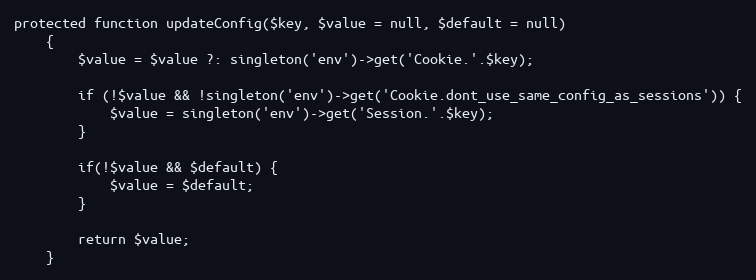
Language: PHP
protected function updateConfig($key, $value = null, $default = null)
    {
        $value = $value ?: singleton('env')->get('Cookie.'.$key);

        if (!$value && !singleton('env')->get('Cookie.dont_use_same_config_as_sessions')) {
            $value = singleton('env')->get('Session.'.$key);
        }

        if(!$value && $default) {
            $value = $default;
        }

        return $value;
    }